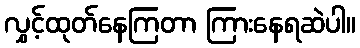
လွှင့်ထုတ်နေကြတာ ကြားနေရဆဲပါ။